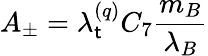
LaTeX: A_{\pm}=\lambda_{\mathsf{t}}^{(q)}C_{7}\frac{{m_{B}}}{{\lambda_{B}}}